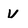
Character: V